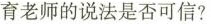
育老师的说法是否可信？